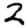
Digit: 2